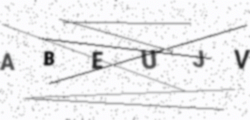
Text: ABEUJV